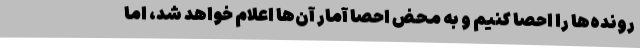
رونده‌ها را احصا کنیم و به محض احصا آمار آن‌ها اعلام خواهد شد، اما